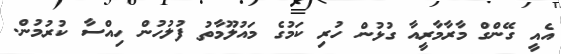
އެއީ ގޭންގް މާރާމާރީއާ ގުޅުން ހުރި ކަމުގެ މައުލޫމާތު ފުލުހުން ހިއްސާ ކުރުމުން.